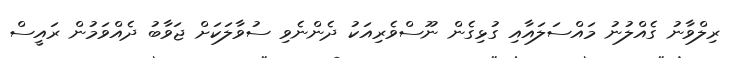
ރިލްވާނު ގެއްލުނު މައްސަލައާއި ގުޅިގެން ނޫސްވެރިއަކު ދެންނެވި ސުވާލަކަށް ޖަވާބު ދެއްވަމުން ރައީސް